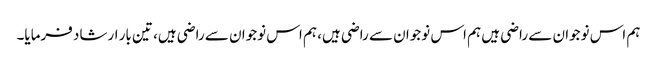
ہم اس نوجوان سے راضی ہیں ہم اس نوجوان سے راضی ہیں، ہم اس نوجوان سے راضی ہیں، تین بار ارشاد فرمایا۔